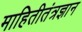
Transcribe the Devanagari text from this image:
माहितीतंत्रज्ञान